Vaccination North-Western Provinces and Oudh 1896-1901 - 1896-1901
Year: 1896
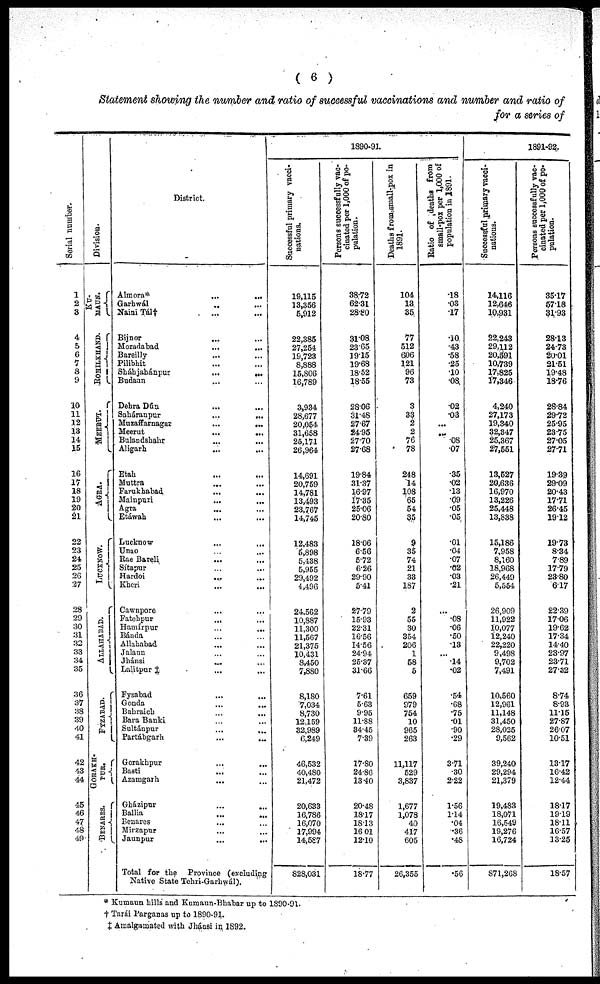
( 6 )
Statement showing the number and ratio of successful vaccinations and number and ratio of
for a series of
Serial number.
1
2
3
4
5
6
7
8
9
10
11
12
13
14
15
16
17
18
19
20
21
22
23
24
25
26
27
28
29
30
31
32
33
34
35
36
37
38
39
40
41
42
43
44
45
46
47
48
49
Division.
KU¬
MAUN.
ROHILKHAND.
MEERUT.
AGRA
LUCKNOW.
ALLAHABAD.
FYZABAD.
GORAKH¬
PUR.
BENARES.
District.
Almora*
...
...
Garbwál
... ...
Naini Tál† ... ...
Bijnor
... ...
Moradabad ... ...
Bareilly ... ...
Pilibhít ... ...
Sháhjahánpur
...
...
Budaun ... ...
Dehra Dún ... ...
Saháranpur
...
...
Muzaffarnagar
...
...
Meerut
...
...
Bulandshahr
...
...
Aligarh ... ...
Etah ... ...
Muttra ... ...
Farukhabad ... ...
Mainpuri
...
...
Agra ... ...
Etáwah ... ...
Lucknow ... ...
Unao ... ...
Rae Bareli ... ...
Sítapur ... ...
Hardoi
... ...
Kheri ... ...
Cawnpore
...
...
Fatehpur
... ...
Hamírpur
...
...
Bánda ... ...
Allahabad ... ...
Jalaun ... ...
Jhánsi
... ...
Lalitpur ‡ ... ...
Fyzabad
...
...
Gonda ... ...
Bahraich ... ...
Bara Banki ... ...
Sultánpur ... ...
Partábgarh
...
...
Gorakhpur
...
...
Basti ... ...
Azamgarh ... ...
Gházipur
...
...
Ballia
...
...
Benares ... ...
Mirzapur ... ...
Jaunpur
...
...
Total for the Province (excluding
Native State Tehri-Garhwál).
1890-91.
Successful primary vacci-
nations.
19,115
13,356
5,912
22,385
27,254
19,723
8,888
15,806
16,789
3,934
28,677
20,054
31,658
25,171
26,964
14,691
20,759
14,781
13,493
23,767
14,745
12,483
5,898
5,438
5,955
29,492
4,496
24,562
10,887
11,300
11,567
21,375
10,431
8,450
7,880
8,180
7,034
8,730
12,159
32,989
6,249
46,532
40,480
21,472
20,633
16,786
16,070
17,994
14,587
828,031
Persons successfully vac-
cinated per 1,000 of po-
pulation.
38.72
62.31
28.80
31.08
23.65
19.15
19.68
18.52
18.55
28.06
31.48
27.67
24.95
27.70
27.68
19.84
31.37
16.97
17.35
25.06
20.80
18.06
6.56
5.72
6.26
29.90
5.41
27.79
15.93
22.31
16.56
14.56
24.94
25.37
31.66
7.61
5.63
9.95
11.88
34.45
7.39
17.80
24.86
13.40
20.48
18.17
18.13
16.01
12.10
18.77
Deaths from small-pox in
1891.
104
13
35
77
512
606
121
96
73
3
33
2
2
76
78
248
14
108
65
54
35
9
35
74
21
33
187
2
55
30
354
206
1
58
5
659
979
754
10
965
263
11,117
529
3,837
1,677
1,078
40
417
605
26,355
Ratio of deaths from
small-pox per 1,000 of
population in 1891.
.18
.03
17
.10
.43
.58
.25
.10
.08
.02
.03
...
...
.08
.07
.35
.02
.13
.09
.05
.05
.01
.04
.07
.02
.03
.21
...
.08
.06
.50
.13
...
14
.02
.54
.68
.75
.01
.90
.29
3.71
.30
2.22
1.56
1.14
.04
.36
.48
.56
1891-92.
Successful primary vacci-
nations.
14,116
12,646
10,931
22,243
29,112
20,091
10,739
17,825
17,346
4,240
27,173
19,340
32,347
25,367
27,551
13,527
20,636
16,970
13,226
25,448
13,838
15,186
7,958
8,160
18,968
26,449
5,554
26,909
11,922
10,077
12,240
22,220
9,498
9,702
7,491
10,560
12,961
11,148
31,450
28,025
9,562
39,240
29,294
21,379
19,483
18,071
16,549
19,276
16,724
871,268
Persons successfully vac-
cinated per 1,000 of po-
pulation.
35.17
57.18
31.93
28.13
24.73
20.01
21.51
19.48
18.76
28.84
29.72
25.95
23.75
27.05
27.71
19.39
29.09
20.43
17.71
26.45
19.12
19.73
8.34
7.89
17.79
23.80
6.17
22.39
17.06
19.62
17.34
14.40
23.97
23.71
27.32
8.74
8.93
11.15
27.87
26.07
10.51
13.17
16.42
12.44
18.17
19.19
18.11
16.57
13.25
18.57
* Kumaun hills and Kumaun-Bhabar up to 1890-91.
† Tarái Parganas up to 1890-91.
‡ Amalgamated with Jhánsi in 1892.